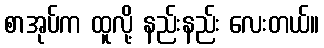
စာအုပ်က ထူလို့ နည်းနည်း လေးတယ်။